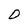
Character: O